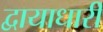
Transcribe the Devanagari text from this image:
द्वायाधारी